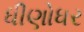
ધીણોધર